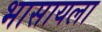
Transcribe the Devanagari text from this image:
भासायला